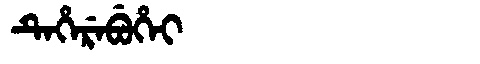
Manchu: ᡨᡝᡥᡝᡵᡝᠪᡠᡥᡝᡳ
Romanization: TEHEREBUHEI